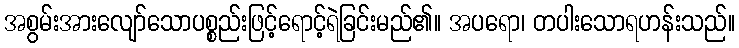
အစွမ်းအားလျော်သောပစ္စည်းဖြင့်ရောင့်ရဲခြင်းမည်၏။ အပရော၊ တပါးသောရဟန်းသည်။